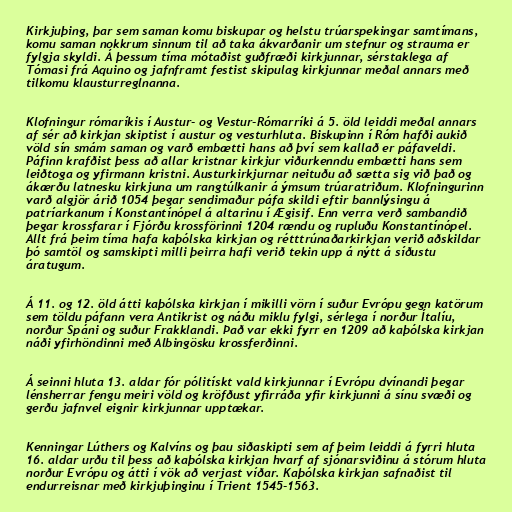
Kirkjuþing, þar sem saman komu biskupar og helstu trúarspekingar samtímans,
komu saman nokkrum sinnum til að taka ákvarðanir um stefnur og strauma er
fylgja skyldi. Á þessum tíma mótaðist guðfræði kirkjunnar, sérstaklega af
Tómasi frá Aquino og jafnframt festist skipulag kirkjunnar meðal annars með
tilkomu klausturreglnanna.

Klofningur rómaríkis í Austur- og Vestur-Rómarríki á 5. öld leiddi meðal annars
af sér að kirkjan skiptist í austur og vesturhluta. Biskupinn í Róm hafði aukið
völd sín smám saman og varð embætti hans að því sem kallað er páfaveldi.
Páfinn krafðist þess að allar kristnar kirkjur viðurkenndu embætti hans sem
leiðtoga og yfirmann kristni. Austurkirkjurnar neituðu að sætta sig við það og
ákærðu latnesku kirkjuna um rangtúlkanir á ýmsum trúaratriðum. Klofningurinn
varð algjör árið 1054 þegar sendimaður páfa skildi eftir bannlýsingu á
patríarkanum í Konstantínópel á altarinu í Ægisif. Enn verra verð sambandið
þegar krossfarar í Fjórðu krossförinni 1204 rændu og rupluðu Konstantínópel.
Allt frá þeim tíma hafa kaþólska kirkjan og rétttrúnaðarkirkjan verið aðskildar
þó samtöl og samskipti milli þeirra hafi verið tekin upp á nýtt á síðustu
áratugum.

Á 11. og 12. öld átti kaþólska kirkjan í mikilli vörn í suður Evrópu gegn katörum
sem töldu páfann vera Antikrist og náðu miklu fylgi, sérlega í norður Ítalíu,
norður Spáni og suður Frakklandi. Það var ekki fyrr en 1209 að kaþólska kirkjan
náði yfirhöndinni með Albingösku krossferðinni.

Á seinni hluta 13. aldar fór pólitískt vald kirkjunnar í Evrópu dvínandi þegar
lénsherrar fengu meiri völd og kröfðust yfirráða yfir kirkjunni á sínu svæði og
gerðu jafnvel eignir kirkjunnar upptækar.

Kenningar Lúthers og Kalvíns og þau siðaskipti sem af þeim leiddi á fyrri hluta
16. aldar urðu til þess að kaþólska kirkjan hvarf af sjónarsviðinu á stórum hluta
norður Evrópu og átti í vök að verjast víðar. Kaþólska kirkjan safnaðist til
endurreisnar með kirkjuþinginu í Trient 1545-1563.